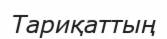
Тариқаттың